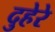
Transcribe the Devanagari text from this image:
दुहेरे